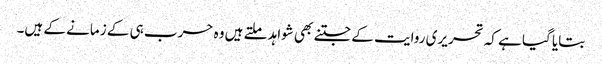
بتایا گیا ہے کہ تحریری روایت کے جتنے بھی شواہد ملتے ہیں وہ حرب ہی کے زمانے کے ہیں۔